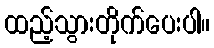
ထည့်သွားတိုက်ပေးပါ။